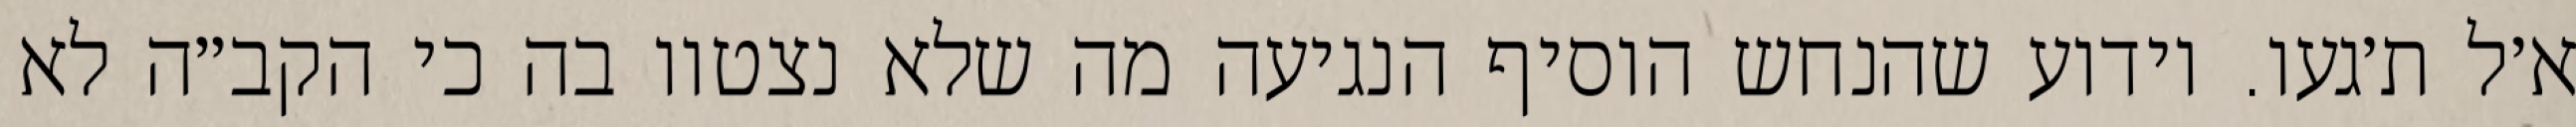
א׳ל ת׳געו. וידוע שהנחש הוסיף הנגיעה מה שלא נצטוו בה כי הקב״ה לא